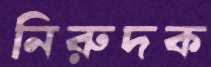
নিরুদক